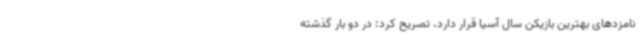
نامزدهای بهترین بازیکن سال آسیا قرار دارد، تصریح کرد: در دو بار گذشته